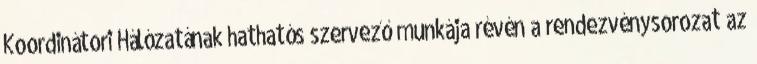
Koordinátori Hálózatának hathatós szervező munkája révén a rendezvénysorozat az